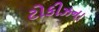
ટોકીઝના